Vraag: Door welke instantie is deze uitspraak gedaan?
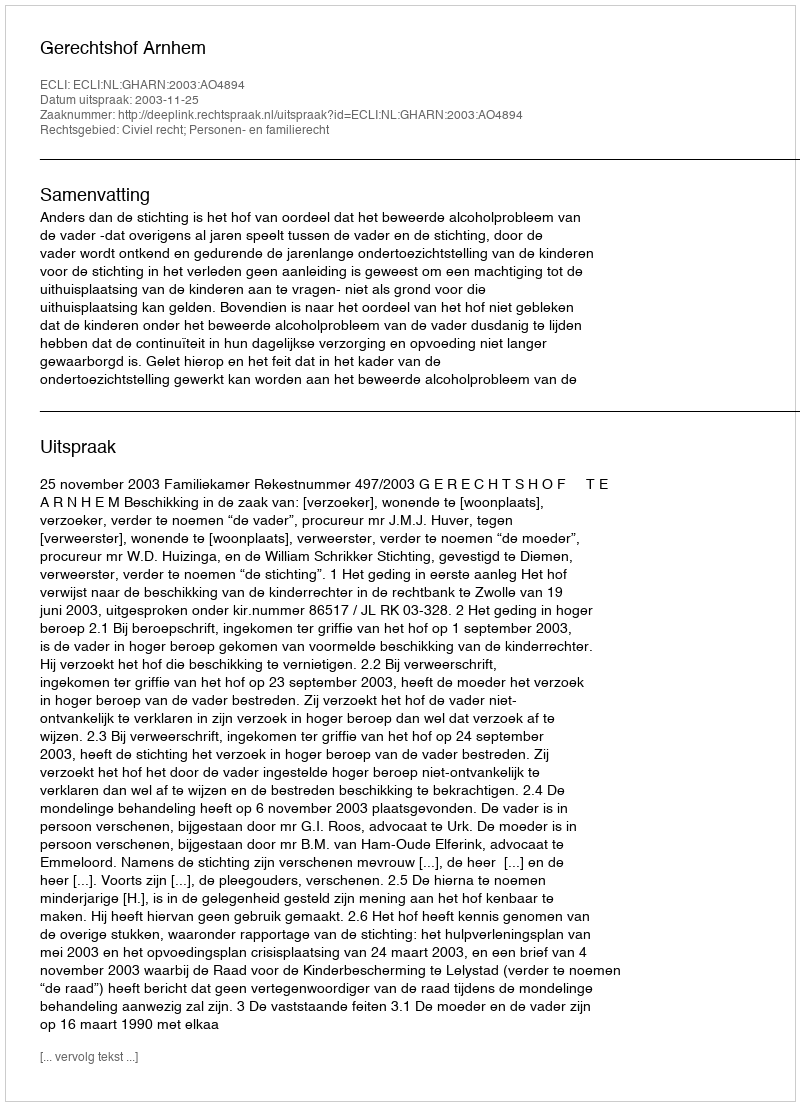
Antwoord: Gerechtshof Arnhem